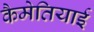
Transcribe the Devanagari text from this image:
कैमेतियाई